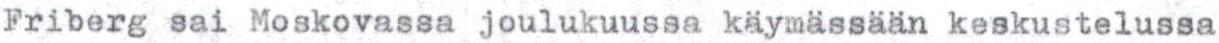
Friberg sai Moskovassa joulukuussa käymässään keskustelussa